Sanitation, dispensaries and jails vaccination Rajputana 1922-1927 - 1922-1927
Year: 1922
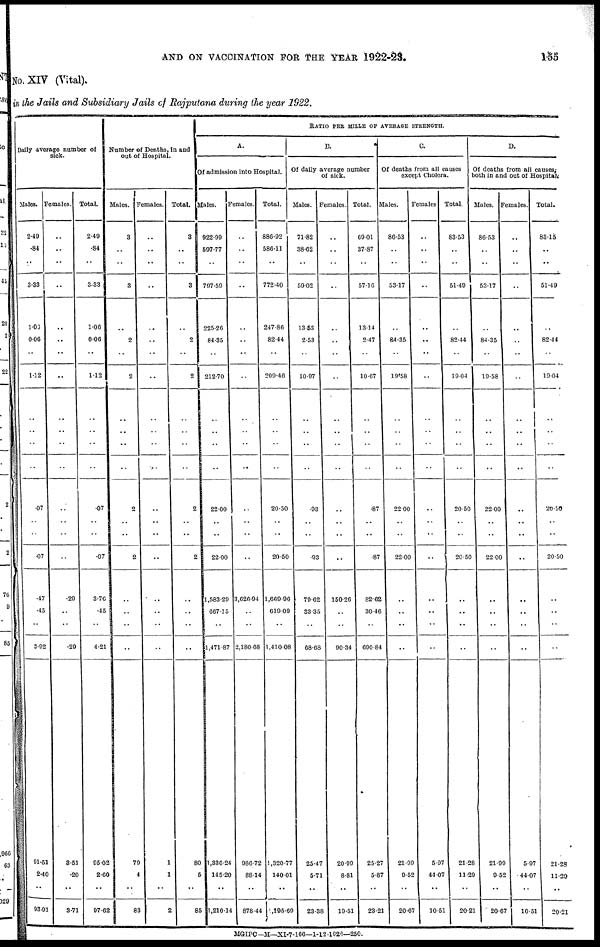
AND ON VACCINATION FOR THE YEAR 1922-23.
155
No. XIV (Vital).
in the Jails and Subsidiary Jails of Rajputana during the year 1922.
Daily average number of
sick.
Males.
2.49
.84
..
3.33
1.06
0.06
..
1.12
..
..
..
..
.07
..
..
.07
..
.47
.45
..
3.92
91.51
2.40
..
93.91
Females.
..
..
..
..
..
..
..
..
..
..
..
..
..
..
..
..
..
.29
..
..
.29
3.51
.20
..
3.71
Total.
2.49
.84
..
3.33
1.06
0.06
..
1.12
..
..
..
..
.07
..
..
.07
..
3.76
.45
..
4.21
95.02
2.60
..
97.62
Number of Deaths, in and
out of Hospital.
Males.
3
..
..
3
..
2
..
2
..
..
..
..
2
..
..
2
..
..
..
..
..
70
4
..
83
Females.
..
..
..
..
..
..
..
..
..
..
..
..
..
..
..
..
..
..
..
..
..
1
1
..
2
Total.
3
..
..
3
..
2
..
2
..
..
..
..
2
..
..
2
..
..
..
..
..
80
5
..
85
RATIO PER MILLE OF AVERAGE STRENGTH.
A.
Of admission into Hospital.
Males.
922.99
597.77
..
797.59
225.26
84.35
..
212.70
..
..
..
..
22.00
..
..
22.00
..
1,583.29
667.15
..
1,471.87
1,336.24
145.20
..
1,210.14
Females.
..
..
..
..
..
..
..
..
..
..
..
..
..
..
..
..
..
3,626.94
..
..
2,180.68
986.72
88.14
..
878.44
Total.
886.92
586.11
..
772.40
247.86
82.44
..
209.46
..
..
..
..
20.50
..
..
20.50
..
1,669.96
619.09
..
1,410.08
1,320.77
140.01
..
1,195.69
B.
Of daily average number
of sick.
Males.
71.82
38.62
..
59.02
13.58
2.53
..
10.97
..
..
..
..
.03
..
..
.93
..
79.62
33.35
..
68.68
25.47
5.71
..
23.38
Females.
..
..
..
..
..
..
..
..
..
..
..
..
..
..
..
..
..
150.26
..
..
90.34
20.99
8.81
..
19.51
Total.
69.01
37.87
..
57.16
13.14
2.47
..
10.67
..
..
..
..
.87
..
..
.87
..
82.62
30.46
..
690.84
25.27
5.87
..
23.21
C.
Of deaths from all causes
except Cholera.
Males.
86.53
..
..
53.17
..
84.35
..
19.58
..
..
..
..
22.00
..
..
22.00
..
..
..
..
..
21.99
9.52
..
20.67
Females
..
..
..
..
..
..
..
..
..
..
..
..
..
..
..
..
..
..
..
..
..
5.97
44.07
..
10.51
Total.
83.53
..
..
51.49
..
82.44
..
19.04
..
..
..
..
20.50
..
..
20.50
..
..
.. ..
..
21.28
11.29
..
20.21
D.
Of deaths from all causes,
both in and out of Hospital.
Males.
86.53
..
..
53.17
..
84.35
..
19.58
..
..
..
..
22.00
..
..
22.00
..
..
..
..
..
21.99
9.52
..
20.67
Females.
..
..
..
..
..
..
..
..
..
..
..
..
..
..
..
..
..
..
..
..
..
5.97
44.07
..
10.51
Total.
83.15
..
..
51.49
..
82.44
..
19.04
..
..
..
..
20.50
..
..
20.50
..
..
..
..
..
21.28
11.29
..
20.21
MGIPC—M—XI-7-166—1-12-1926—250.